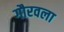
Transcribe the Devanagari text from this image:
गौरवला